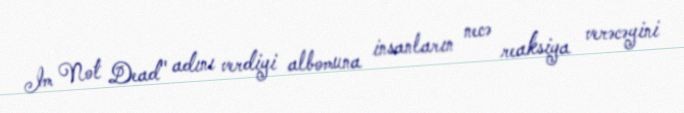
Im Not Dead" adını verdiyi albomuna insanların necə reaksiya verəcəyini